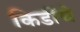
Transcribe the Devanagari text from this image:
किडींचे